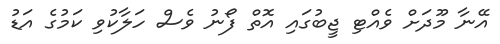
އޭނާ މޫދަށް ވެއްޓި ޖީބުގައި އޮތް ފޯނު ވެސް ހަލާކުވި ކަމުގެ އަޑު